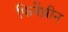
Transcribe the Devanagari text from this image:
फिनेंथ्रीन